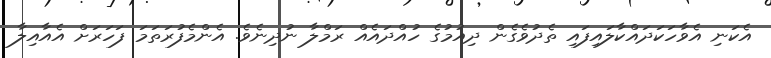
އެކަނި އެވާހަކަދައްކާލައިފައި ތެދުވެގެން ދިއުމުގެ ހުއްދައެއް ރަމްލާ ނުދިނެވެ. އެންމެފުރަތަމަ ފަހަރަށް އެއާއިލާ